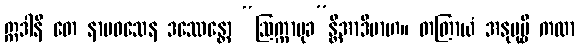
ဣဒါနိ တေ နာမဝသေန ဒဿေန္တော “ဩက္ကာမုခ”န္တိအာဒိမာဟ။ တတြာယံ အနုပုဗ္ဗီ ကထာ